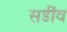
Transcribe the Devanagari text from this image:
सडींव